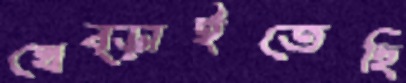
থেব্‌ড়াইতেছি